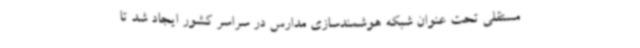
مستقلی تحت عنوان شبکه هوشمندسازی مدارس در سراسر کشور ایجاد شد تا